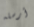
أرسله